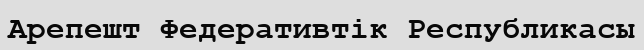
Арепешт Федеративтік Республикасы